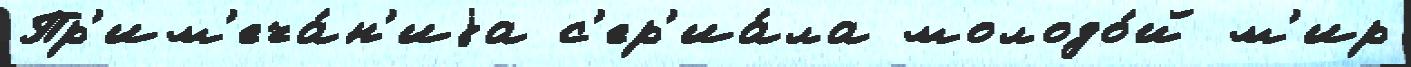
Пр'им'еча́н'иjа с'ер'иа́ла молодо́й м'ир